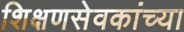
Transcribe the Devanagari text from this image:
शिक्षणसेवकांच्या